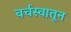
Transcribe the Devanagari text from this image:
वर्चस्वातून